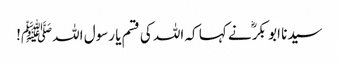
سیدنا ابو بکرؓ نے کہا کہ اللہ کی قسم یا رسول اللہﷺ!